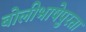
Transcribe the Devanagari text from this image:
बोलीभाषेपुरता